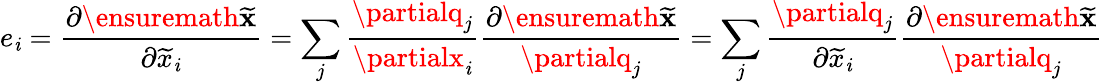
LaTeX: e_{\mathit{i}}=\frac{{\partial\ensuremath{{{\widetilde{{\mathbf{{x}}}}}}}}}{{\partial\widetilde{{x}}_{\mathit{i}}}}=\sum_{j}\frac{{\partialq_{j}}}{{\partialx_{\mathit{i}}}}\frac{{\partial\ensuremath{{{\widetilde{{\mathbf{{x}}}}}}}}}{{\partialq_{j}}}=\sum_{j}\frac{{\partialq_{j}}}{{\partial\widetilde{{x}}_{\mathit{i}}}}\frac{{\partial\ensuremath{{{\widetilde{{\mathbf{{x}}}}}}}}}{{\partialq_{j}}}